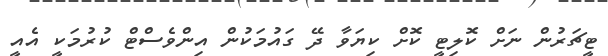
ޓީޗަރުން ނަށް ކޮލިޓީ ކޮށް ކިޔަވާ ދޭ ގައުމަކުން އިންވެސްޓް ކުރުމަކީ އެއީ